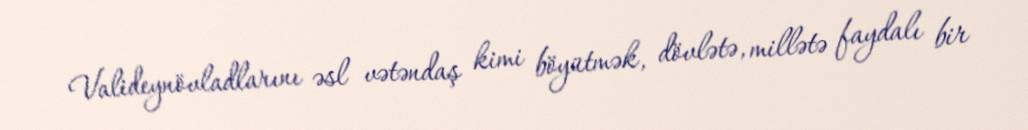
Valideynövladlarını əsl vətəndaş kimi böyütmək, dövlətə, millətə faydalı bir